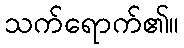
သက်ရောက်၏။